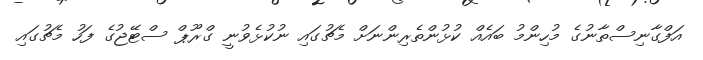
އަފްގާނިސްތާނުގެ މުހިންމު ބައެއް ކުޅުންތެރިންނަށް މެޗުގައި ނުކުޅެވުނީ ގްރޫޕް ސްޓޭޖުގެ ފަހު މެޗުގައި